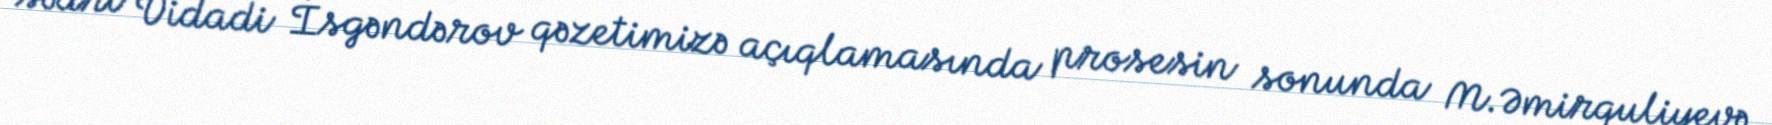
sədri Vidadi İsgəndərov qəzetimizə açıqlamasında prosesin sonunda M.Əmirquliyevə